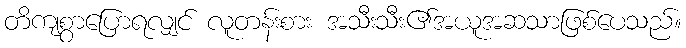
တိကျစွာပြောရလျှင် လူတန်းစား အသီးသီး၏အယူအဆသာဖြစ်ပေသည်။